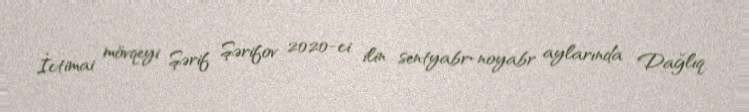
İctimai mövqeyi Şərif Şərifov 2020-ci ilin sentyabr-noyabr aylarında Dağlıq